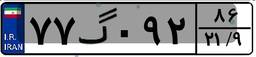
۷۷گ۰۹۲۸۶